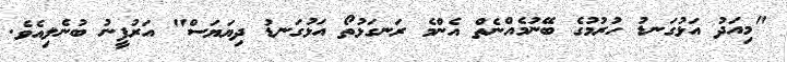
"މިއަދު އަޅުގަނޑު ހުރުމުގެ ބޭނުމެއްނެތް އެންމެ ރަނގަޅުތޯ އަޅުގަނޑު ދިޔަޔަސް" އަރުފީނު ބުނެލިއެވެ.